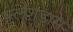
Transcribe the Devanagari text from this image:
फ्लैशडांस